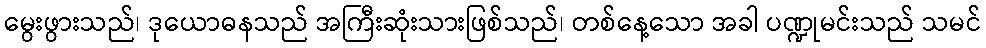
မွေးဖွားသည်၊ ဒုယောဓနသည် အကြီးဆုံးသားဖြစ်သည်၊ တစ်နေ့သော အခါ ပဏ္ဍုမင်းသည် သမင်